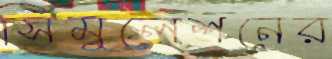
সিমুলেশনের